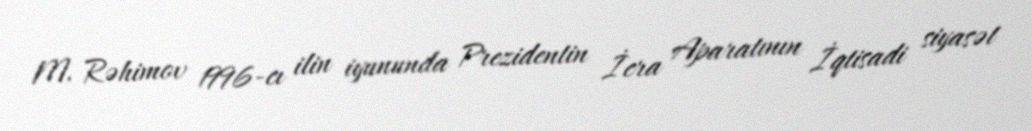
M. Rəhimov 1996-cı ilin iyununda Prezidentin İcra Aparatının İqtisadi siyasət